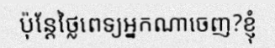
ប៉ុន្តែថ្លៃពេទ្យអ្នកណាចេញ?ខ្ញុំ